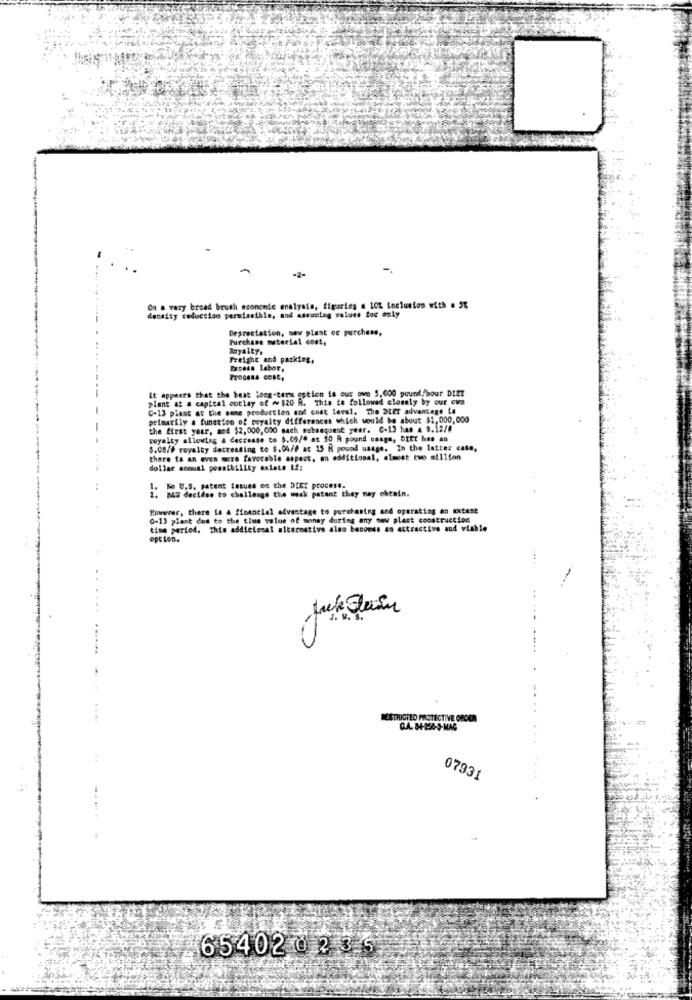
-
-2-
On a very broad brush economie analysis, figuring . 10% Inclusion with . 5%
density reduction permissible, and assusteg values for only
Depreciation, new plast oc purchase,
Purchase material cost,
Freight and packing,
Excess Labor,
Process cont,
It appears that the best long-terms estion is our own 5,000 pound, bour DIET
plant at a capital cotlay of ~ $20 R. This is followed closely by our ova
C-13 piant at the sane production and cost level. The SLET advantage La
primarily a function of royalty differences which would be about $1,000,000
the first year, and $2,000,000 nach subsequent year. C.13 han & S.iaf!"
royalty allowing a decrease to 5.09/8 at 50 A pound usage, DEEt has ao
$.08/F royalty decreasing to $.04/F ac 15 R pound usage. In the latter cate,
there fa an even more favorable aspest, an additional, almost two million
dollar aomust possibility existe if:
Se U.S. patent Sosues on the DIET process.
2: paz dectdue to challenge the weak patent they may obtain.
Yowever, there la & financial advantage to purchasing and operating an extent
0-13 plant due to the time value of money during any new plast construction
time period. This addicional alternative also becomes an attractive and viahle
opt Lon.
RESTRICTED PROTECTIVE ORDER
G.A. 84-254-3-MAG
07931
654020235